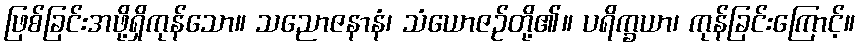
ဖြစ်ခြင်းအဖို့ရှိကုန်သော။ သညောဇနာနံ၊ သံယောဇဉ်တို့၏။ ပရိက္ခယာ၊ ကုန်ခြင်းကြောင့်။